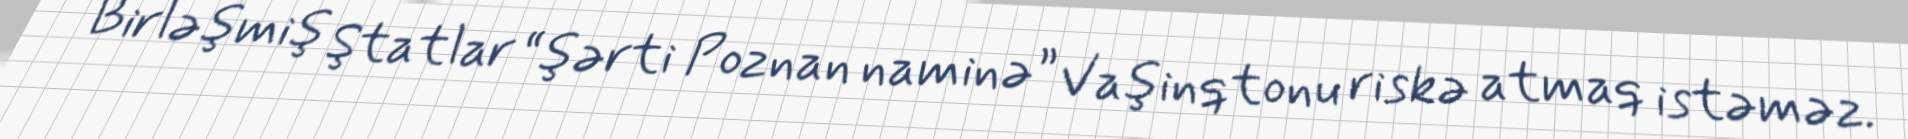
Birləşmiş Ştatlar “şərti Poznan naminə” Vaşinqtonu riskə atmaq istəməz.